Black-water fever - Number 35
Disease focus: Fever
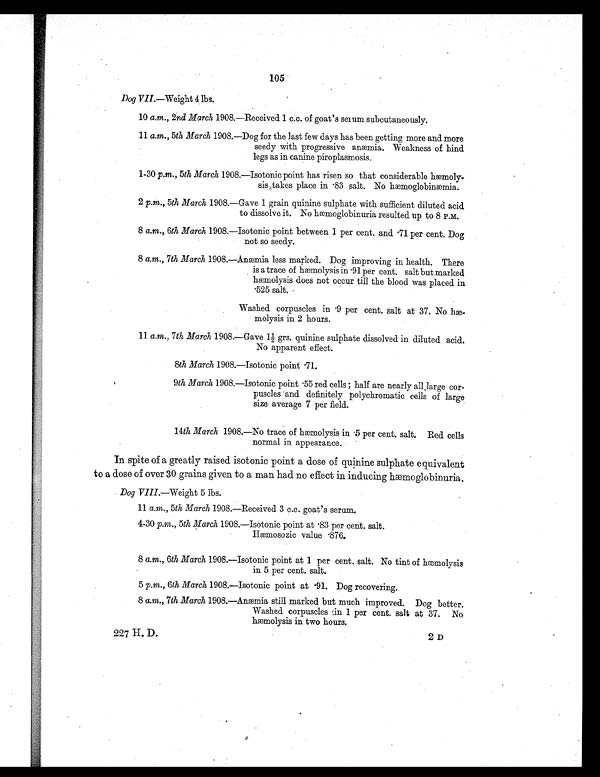
105
Dog VII.—Weight 4 lbs.
10 a.m ., 2nd March 1908.—Received 1 c.c. of goat's serum subcutaneously.
11 a.m., 5th March 1908.—Dog for the last few days has been getting more and more
seedy with progressive anæmia. Weakness of hind
legs as in canine piroplasmosis.
1-30 p.m., 5th March 1908.—Isotonic point has risen so that considerable hæmoly-
sis takes place in .83 salt. No hæmoglobinæmia.
2 p .m ., 5th March 1908.—Gave 1 grain quinine sulphate with sufficient diluted acid
to dissolve it. No hæmoglobinuria resulted up to 8 P.M.
8 a.m ., 6th March 1908.—Isotonic point between 1 per cent. and .71 per cent. Dog
not so seedy.
8 a. m ., 7th March 1908.—Anæmia less marked. Dog improving in health. There
is a trace of hæmolysis in .91 per cent. salt but marked
hæmolysis does not occur till the blood was placed in
. 5 2 5 s a l t .
Washed corpuscles in .9 per cent, salt at 37. No hæ-
molysis in 2 hours.
11 a .m ., 7th March 1908.—Gave 1½ grs. quinine sulphate dissolved in diluted acid.
No apparent effect.
8th March 1908.—Isotonic point .71.
9th March 1908.—Isotonic point .55 red cells ; half are nearly all large cor-
puscles and definitely polychromatic cells of large
size average 7 per field.
14th March 1908.—No trace of hæmolysis in .5 per cent, salt. Red cells
normal in appearance.
In spite of a greatly raised isotonic point a dose of quinine sulphate equivalent
to a dose of over 30 grains given to a man had no effect in inducing hæmoglobinuria.
Dog VIII.—Weight 5 lbs.
11 a.m., 5th March 1908.—Received 3 c.c. goat's serum.
4 30 p .m ., 5th March 1908.—Isotonic point at .83 per cent. salt.
Hæmosozic value .876.
8 a.m., 6th March 1908.—Isotonic point at 1 per cent, salt. No tint of hæmolysis
in 5 per cent. salt.
5 p .m., 6th March 1908.—Isotonic point at .91. Dog recovering.
8 a.m., 7th March 1908.--Anæmia still marked but much improved. Dog better.
Washed corpuscles 1 per cent. salt at 37. No
hæmolysis in two hours.
227 H. D.
2D